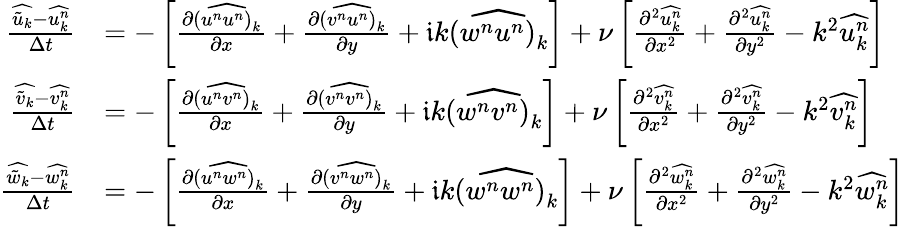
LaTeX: \begin{array}{rl}{\frac{\widehat{\tilde{u}_{k}}-\widehat{u_{k}^{n}}}{\Delta t}}&{=-\left[\frac{\partial\widehat{(\left.u^{n}u^{n}\right)_{k}}}{\partial x}+\frac{\partial\widehat{(\left.v^{n}u^{n}\right)_{k}}}{\partial y}+\mathfrak{i}k\widehat{(\left.w^{n}u^{n}\right)_{k}}\right]+\nu\left[\frac{\partial^{2}\widehat{u_{k}^{n}}}{\partial x^{2}}+\frac{\partial^{2}\widehat{u_{k}^{n}}}{\partial y^{2}}-k^{2}\widehat{u_{k}^{n}}\right]}\\ {\frac{\widehat{\tilde{v}_{k}}-\widehat{v_{k}^{n}}}{\Delta t}}&{=-\left[\frac{\partial\widehat{(\left.u^{n}v^{n}\right)_{k}}}{\partial x}+\frac{\partial\widehat{(\left.v^{n}v^{n}\right)_{k}}}{\partial y}+\mathfrak{i}k\widehat{(\left.w^{n}v^{n}\right)_{k}}\right]+\nu\left[\frac{\partial^{2}\widehat{v_{k}^{n}}}{\partial x^{2}}+\frac{\partial^{2}\widehat{v_{k}^{n}}}{\partial y^{2}}-k^{2}\widehat{v_{k}^{n}}\right]}\\ {\frac{\widehat{\tilde{w}_{k}}-\widehat{w_{k}^{n}}}{\Delta t}}&{=-\left[\frac{\partial\widehat{(\left.u^{n}w^{n}\right)_{k}}}{\partial x}+\frac{\partial\widehat{(\left.v^{n}w^{n}\right)_{k}}}{\partial y}+\mathfrak{i}k\widehat{(\left.w^{n}w^{n}\right)_{k}}\right]+\nu\left[\frac{\partial^{2}\widehat{w_{k}^{n}}}{\partial x^{2}}+\frac{\partial^{2}\widehat{w_{k}^{n}}}{\partial y^{2}}-k^{2}\widehat{w_{k}^{n}}\right]}\end{array}